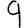
Digit: 9